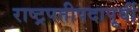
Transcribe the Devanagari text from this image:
राष्ट्रपतीपदापूर्वी